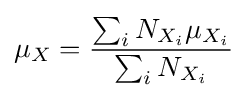
\mu _{X}={\frac {\sum _{i}N_{X_{i}}\mu _{X_{i}}}{\sum _{i}N_{X_{i}}}}